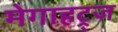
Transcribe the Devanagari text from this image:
मेगाहट्र्ज